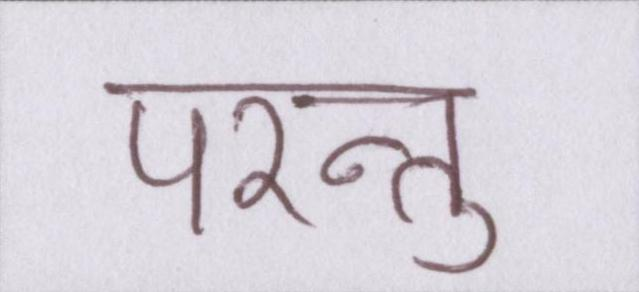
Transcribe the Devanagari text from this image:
परन्तु